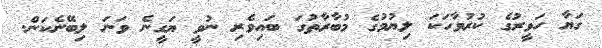
ގަޔާ ހަވީރުގެ ކުރުވާހަކަ ލިޔުމުގެ މުބާރާތުގަ ބައިވެރި ނުވީ ޔަގީނެ ވަނަ ލިބޭނެކަން.